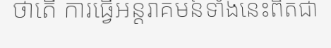
ថាតើ ការធ្វើអន្តរាគមន៍ទាំងនេះពិតជា